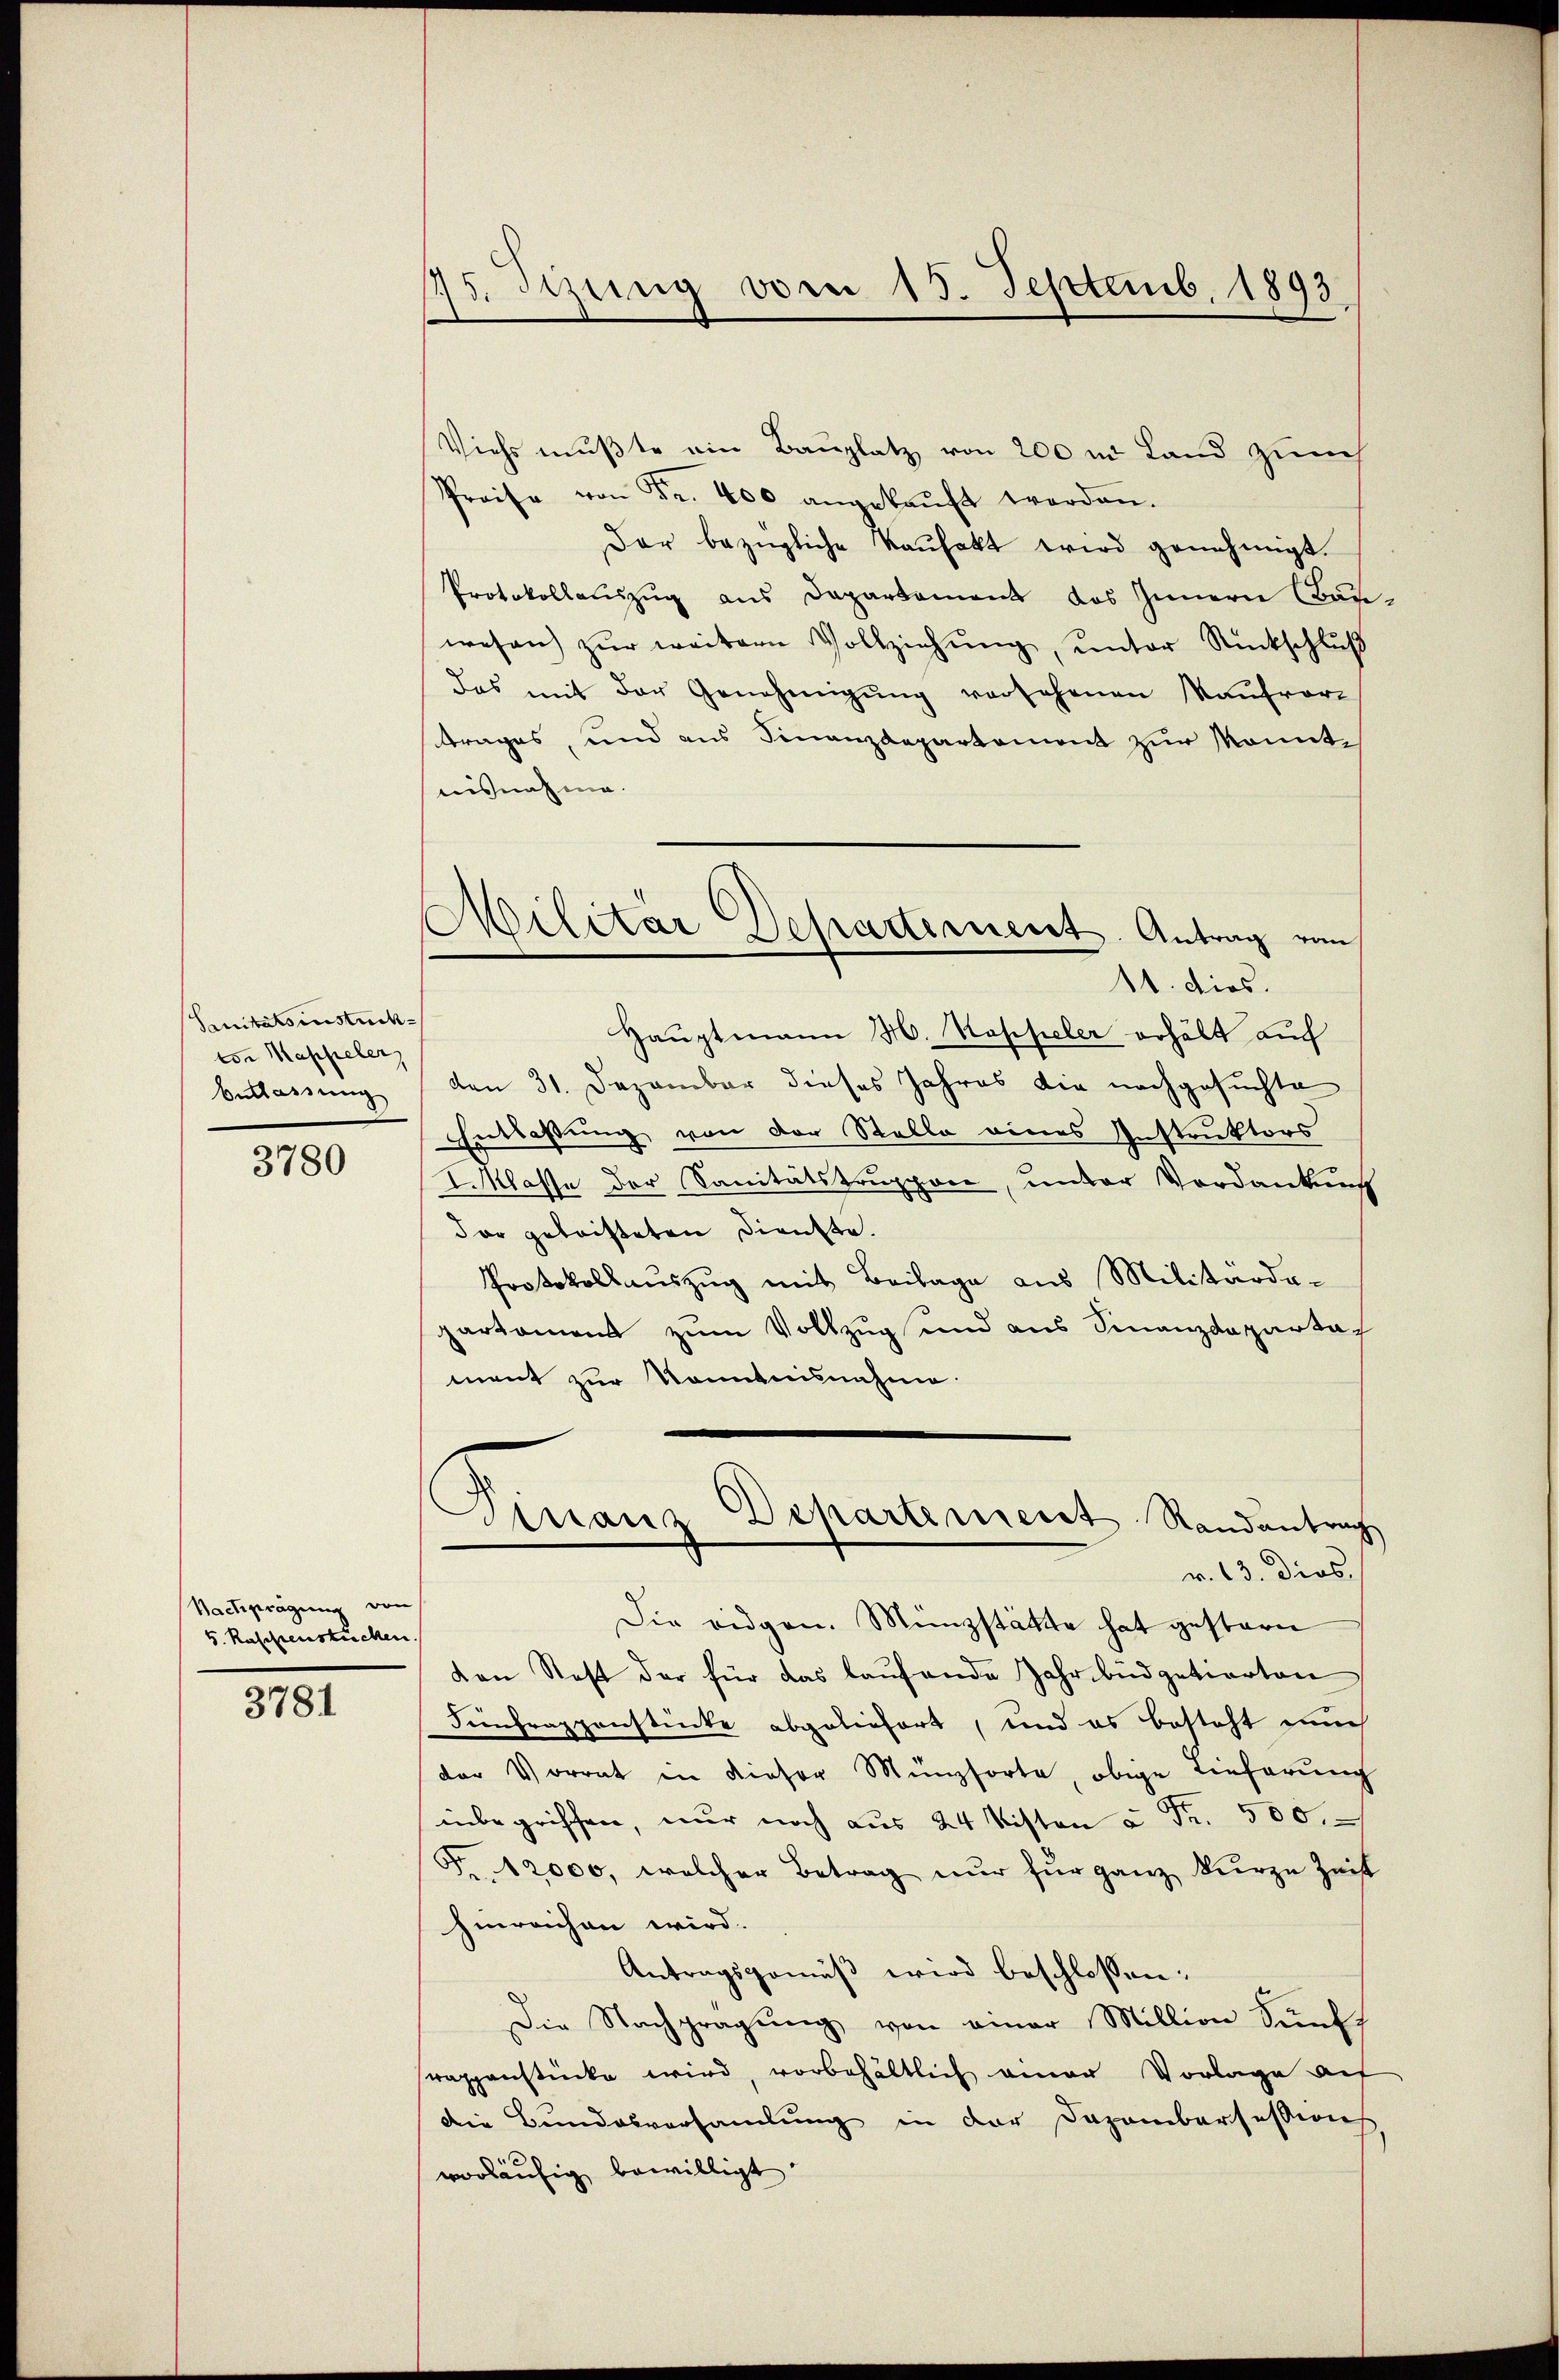
Sanitätsinstück
ton Kappeler
Belassung

3780

Bachprägung von
5. Raschienstrecken

3781

75. Juny von 15. Septemb. 1893

Viehs mußte ein Bauplatz von 200 in Land zum
Preise von Fr. 400 angekaŭft werden.
Dar bezügliche Kaufakt wird genehmigt.
Protokollauszug aus Departament des Innern Bar-
wesen zŭr weitern Vollziehŭng ŭnter Rückschlŭβ
das mit der Genehmigŭng versehenen Kaŭfvor-
trages, und aus Finanzdepartement zur konntnisnahme.
11. dies.
Hauptmann H. Rappeler erhält auch
den 31. Dezember dieses Jahres die nachgesuchte
Entlaßung von der Stelle eines Instruktors
Lrklasse der Sanitätskruppen, unter Vordankung
dar geleisteten Dienste.
Protokollaŭszŭg mit Beilage aus Militärde-
partament zum Vollzug und aus Finanzdepartament zur Kenntnisnahme.
dinanz
Departement Randantrag
r. 13. dies
Die eidgen. Münzstätte hat gestern
von Staft der für das laufende Jahrbüdgetierten
Finfragenstücke abgeliefert, und es besteht nun
der Vorrat in dieser Münzsorte, obige Tieferung
inbegriffen, nur noch aus 24 Kisten u Fr. 500.
F.12000, welcher Betrag nur für ganz kurze Zeit
hinreichen wird.
Antragsgemäß wird beschlossen:
Die Nachgragŭng von einer Million künff
rappenstücke wird, vorbehältlich einer Vorlage auf
die Bundesversamlung in der Dezembersessions
e
vorläufig bewilligt.

Militar Depadiment. Antrag vom